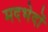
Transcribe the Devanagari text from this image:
मदभेदों